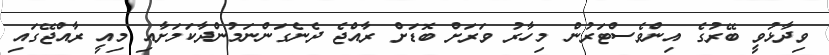
ވިދާޅުވީ ބޭރުގެ އިންވެސްޓަރުން މިހާރު ވަރަށް ބޮޑަށް ރާއްޖެ ދެނެގަންނަމުންދާކަމަށާއި މިއީ ރާއްޖޭގައި